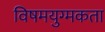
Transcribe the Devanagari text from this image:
विषमयुग्मकता